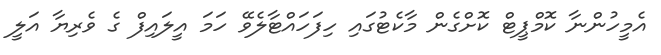
އެމީހުންނާ ކޮމްޕީޓް ކޮށްގެން މާކެޓުގައި ހިފަހައްޓާލެވޭ ހަމަ އީލައިފް ގެ ވެރިޔާ އަލީ